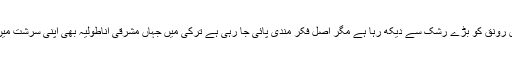
ایران والا کردستان اس رونق کو بڑے رشک سے دیکھ رہا ہے مگر اصل فکر مندی پائی جا رہی ہے ترکی میں جہاں مشرقی اناطولیہ بھی اپنی سرشت میں محض کردستان ہے۔